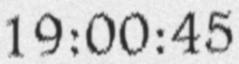
19:00:45